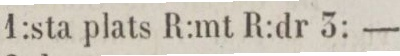
1:sta plats R:mt R:dr 3: —